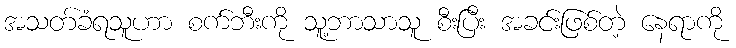
အသတ်ခံရသူဟာ စက်ဘီးကို သူ့ဘာသာသူ စီးပြီး အခင်းဖြစ်တဲ့ နေရာကို